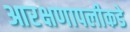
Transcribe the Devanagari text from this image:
आरक्षणापलीकडे